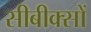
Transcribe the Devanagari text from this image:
सीबीक्सों